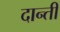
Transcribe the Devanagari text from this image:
दान्ती